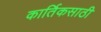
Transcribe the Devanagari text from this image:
कार्तिकसाठी